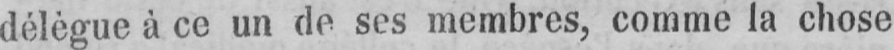
délègue à ce un de ses membres, comme la chose